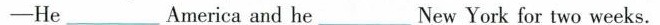
-He ___ America and he ___ New York for two weeks.